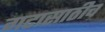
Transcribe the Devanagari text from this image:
गटासाठीच